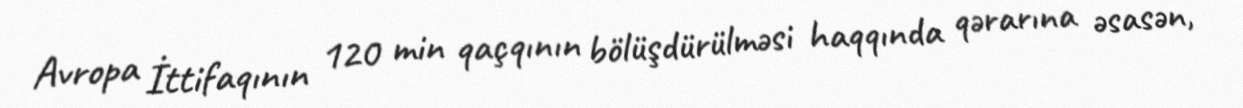
Avropa İttifaqının 120 min qaçqının bölüşdürülməsi haqqında qərarına əsasən,